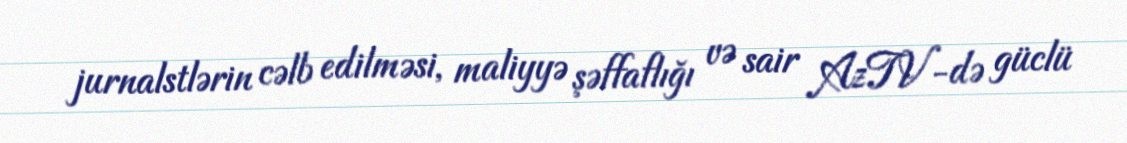
jurnalstlərin cəlb edilməsi, maliyyə şəffaflığı və sair AzTV-də güclü